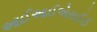
આઈઆઈએસઈઈ